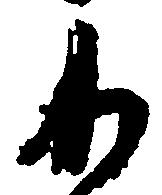
り